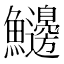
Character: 𩽲